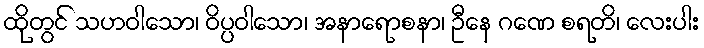
ထိုတွင် သဟဝါသော၊ ဝိပ္ပဝါသော၊ အနာရောစနာ၊ ဦနေ ဂဏေ စရတိ၊ လေးပါး